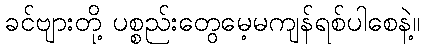
ခင်ဗျားတို့ ပစ္စည်းတွေမေ့မကျန်ရစ်ပါစေနဲ့။